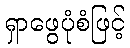
ရှာဖွေပုံစံဖြင့်